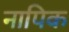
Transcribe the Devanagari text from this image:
नापिक